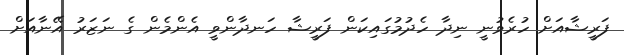
ފަރީޝާއަށް ހުރެވުނީ ނިދާ ހެދުމުގައިކަން ފަރީޝާ ހަނދާންވީ އެންމެން ގެ ނަޒަރު އޭނާއަށް